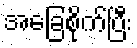
အခြေစိုက်ပြီး